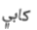
كابي